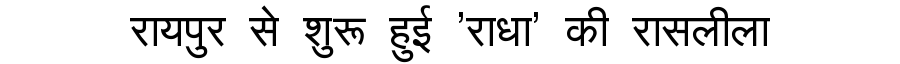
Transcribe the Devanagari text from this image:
रायपुर से शुरू हुई 'राधा' की रासलीला